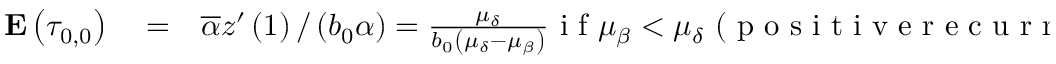
\begin{array} { r l r } { { \bf E } \left( \tau _ { 0 , 0 } \right) } & { { } = } & { \overline { { \alpha } } z ^ { \prime } \left( 1 \right) / \left( b _ { 0 } \alpha \right) = \frac { \mu _ { \delta } } { b _ { 0 } \left( \mu _ { \delta } - \mu _ { \beta } \right) } \mathrm { ~ i ~ f ~ } \mu _ { \beta } < \mu _ { \delta } \mathrm { ~ ( ~ p ~ o ~ s ~ i ~ t ~ i ~ v ~ e ~ r ~ e ~ c ~ u ~ r ~ r ~ e ~ n ~ c ~ e ~ ) ~ , ~ } } \end{array}